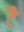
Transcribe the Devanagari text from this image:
टै